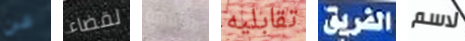
عن لقضاء متلهفة تقابليه الفريق لاسم